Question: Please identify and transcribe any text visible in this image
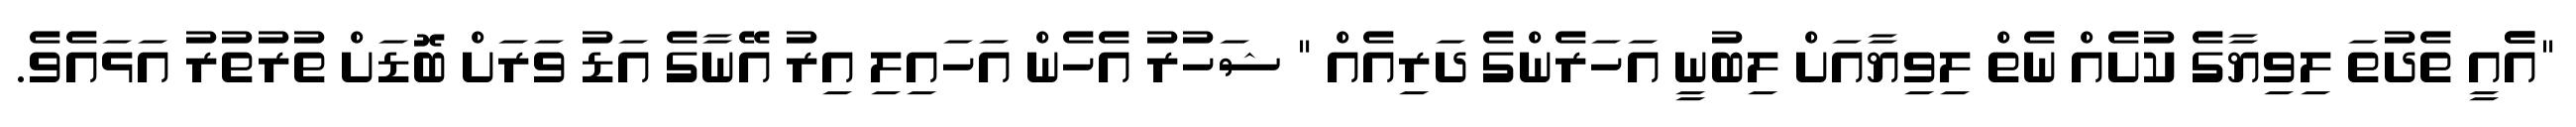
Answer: "އެެއީ ތެދުތަ ލިވިޔާގެ ކުށެއް ނެތް ލިވިޔާއަށް ލިބުނީ އަހަރެންގެ ދަރިއެއް " ޝަހުރު އެހެން އަހައިލި އިރު އޭނާގެ އަޑު ވަރަށް ބޮޑަށް ތުރުތުރު އަޅައެވެ.